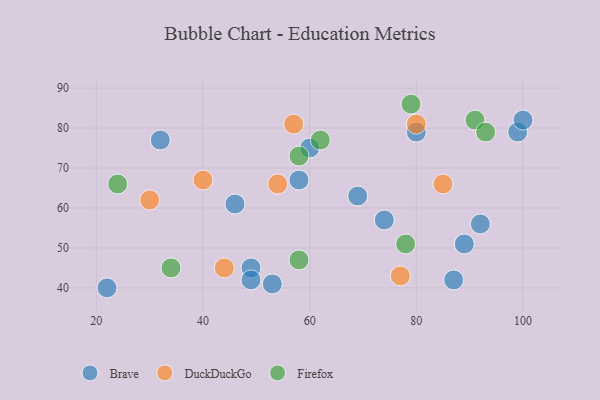
{"axis": {"x": "GDP", "y": "Life Expectancy"}, "legend": ["Brave", "DuckDuckGo", "Firefox"], "data": [{"x": "49", "y": 45, "type": "Brave"}, {"x": "74", "y": 57, "type": "Brave"}, {"x": "80", "y": 79, "type": "Brave"}, {"x": "53", "y": 41, "type": "Brave"}, {"x": "60", "y": 75, "type": "Brave"}, {"x": "89", "y": 51, "type": "Brave"}, {"x": "87", "y": 42, "type": "Brave"}, {"x": "49", "y": 42, "type": "Brave"}, {"x": "46", "y": 61, "type": "Brave"}, {"x": "58", "y": 67, "type": "Brave"}, {"x": "99", "y": 79, "type": "Brave"}, {"x": "22", "y": 40, "type": "Brave"}, {"x": "100", "y": 82, "type": "Brave"}, {"x": "92", "y": 56, "type": "Brave"}, {"x": "32", "y": 77, "type": "Brave"}, {"x": "69", "y": 63, "type": "Brave"}, {"x": "85", "y": 66, "type": "DuckDuckGo"}, {"x": "54", "y": 66, "type": "DuckDuckGo"}, {"x": "77", "y": 43, "type": "DuckDuckGo"}, {"x": "57", "y": 81, "type": "DuckDuckGo"}, {"x": "44", "y": 45, "type": "DuckDuckGo"}, {"x": "40", "y": 67, "type": "DuckDuckGo"}, {"x": "30", "y": 62, "type": "DuckDuckGo"}, {"x": "80", "y": 81, "type": "DuckDuckGo"}, {"x": "91", "y": 82, "type": "Firefox"}, {"x": "93", "y": 79, "type": "Firefox"}, {"x": "78", "y": 51, "type": "Firefox"}, {"x": "34", "y": 45, "type": "Firefox"}, {"x": "58", "y": 73, "type": "Firefox"}, {"x": "58", "y": 47, "type": "Firefox"}, {"x": "62", "y": 77, "type": "Firefox"}, {"x": "79", "y": 86, "type": "Firefox"}, {"x": "24", "y": 66, "type": "Firefox"}]}